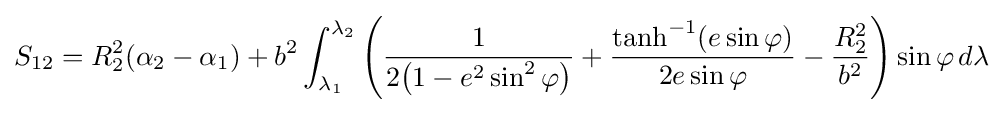
S_{12}=R_{2}^{2}(\alpha _{2}-\alpha _{1})+b^{2}\int _{\lambda _{1}}^{\lambda _{2}}\left({\frac {1}{2{\bigl (}1-e^{2}\sin ^{2}\varphi {\bigr )}}}+{\frac {\tanh ^{-1}(e\sin \varphi )}{2e\sin \varphi }}-{\frac {R_{2}^{2}}{b^{2}}}\right)\sin \varphi \,d\lambda